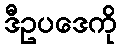
ဒီဥပဒေကို